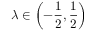
\lambda \in \left( - \frac { 1 } { 2 } , \frac { 1 } { 2 } \right)